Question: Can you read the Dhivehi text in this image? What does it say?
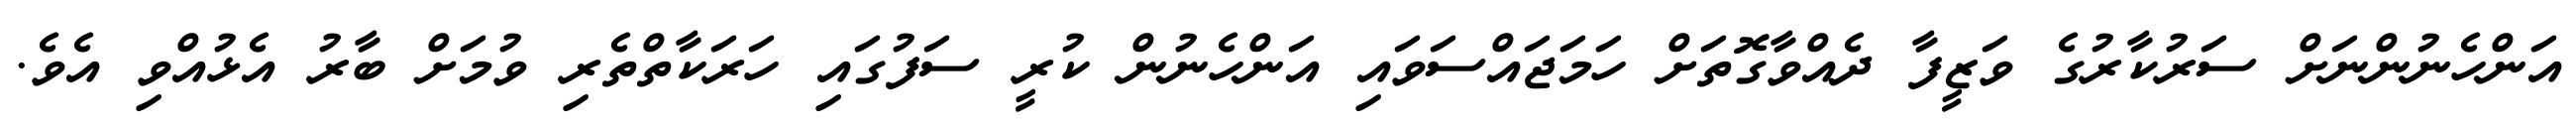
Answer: އަންހެނުންނަށް ސަރުކާރުގެ ވަޒީފާ ދެއްވާގޮތަށް ހަމަޖައްސަވައި އަންހެނުން ކުރީ ސަފުގައި ހަރަކާތްތެރި ވުމަށް ބާރު އެޅުއްވި އެވެ.